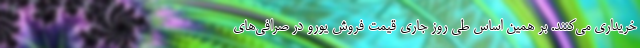
خریداری می‌کنند. بر همین‌ اساس طی روز جاری قیمت فروش یورو در صرافی‌های